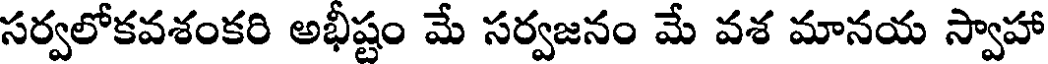
సర్వలోకవశంకరి అభీష్టం మే సర్వజనం మే వశ మానయ స్వాహా